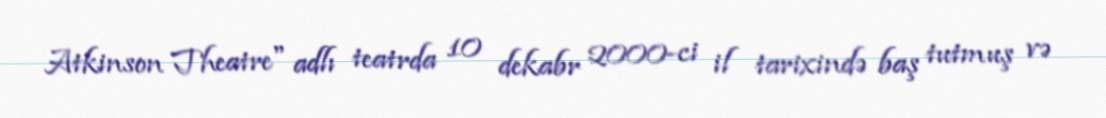
Atkinson Theatre" adlı teatrda 10 dekabr 2000-ci il tarixində baş tutmuş və